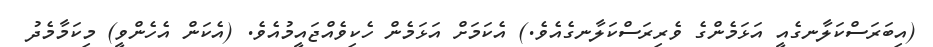
(އިބަރަސްކަލާނގެއީ އަޅަމެންގެ ވެރިރަސްކަލާނގެއެވެ.) އެކަމަށް އަޅަމެން ހެކިވެއްޖައީމުއެވެ. (އެކަން އެހެންވީ) މިކަމާމެދު